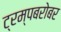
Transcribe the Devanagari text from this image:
ट्रम्पबरोबर